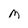
Character: M